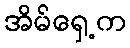
အိမ်ရှေ့က